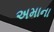
અમાના